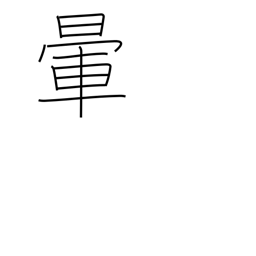
Meaning: fade